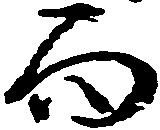
而